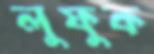
লুফুক